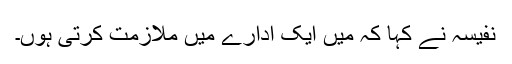
نفیسہ نے کہا کہ میں ایک ادارے میں ملازمت کرتی ہوں۔